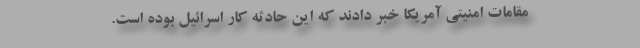
مقامات امنیتی آمریکا خبر دادند که این حادثه کار اسرائیل بوده است.